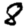
Digit: 8